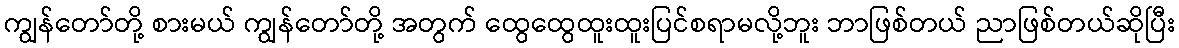
ကျွန်တော်တို့ စားမယ် ကျွန်တော်တို့ အတွက် ထွေထွေထူးထူးပြင်စရာမလို့ဘူး ဘာဖြစ်တယ် ညာဖြစ်တယ်ဆိုပြီး